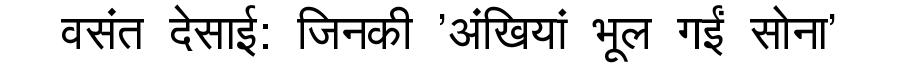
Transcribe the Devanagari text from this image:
वसंत देसाई: जिनकी 'अंखियां भूल गईं सोना'